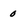
Character: 0